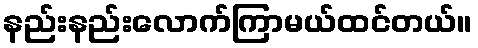
နည်းနည်းလောက်ကြာမယ်ထင်တယ်။